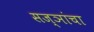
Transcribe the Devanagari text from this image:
सज्ञांचा